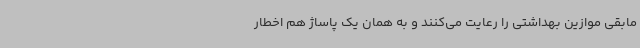
مابقی موازین بهداشتی را رعایت می‌کنند و به همان یک پاساژ هم اخطار